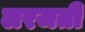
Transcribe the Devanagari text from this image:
लरजती